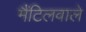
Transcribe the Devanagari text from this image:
मैंटिलवाले